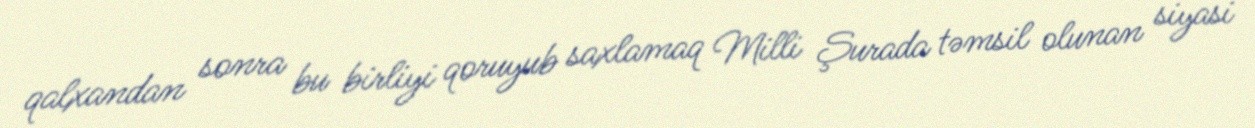
qalxandan sonra bu birliyi qoruyub saxlamaq Milli Şurada təmsil olunan siyasi